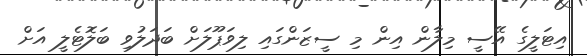
އިޓަލީގެ އޭސީ މިލާން އިން މި ސީޒަންގައި ލިވަޕޫލަށް ބަދަލުވި ބަލޮޓެލީ އަށް